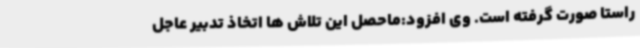
راستا صورت گرفته است. وی افزود:ماحصل این تلاش ها اتخاذ تدبیر عاجل